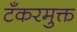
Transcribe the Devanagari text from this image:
टँकरमुक्त